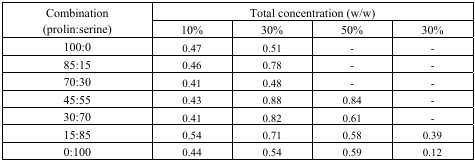
| <ROWSPAN=2> Combination(prolin:serine) | <COLSPAN=4> Total concentration (w/w) |
 | 10% | 30% | 50% | 30% |
 | --- | --- | --- | --- | --- |
 | 100:0 | 0.47 | 0.51 | - | - |
 | 85:15 | 0.46 | 0.78 | - | - |
 | 70:30 | 0.41 | 0.48 | - | - |
 | 45:55 | 0.43 | 0.88 | 0.84 | - |
 | 30:70 | 0.41 | 0.82 | 0.61 | - |
 | 15:85 | 0.54 | 0.71 | 0.58 | 0.39 |
 | 0:100 | 0.44 | 0.54 | 0.59 | 0.12 |